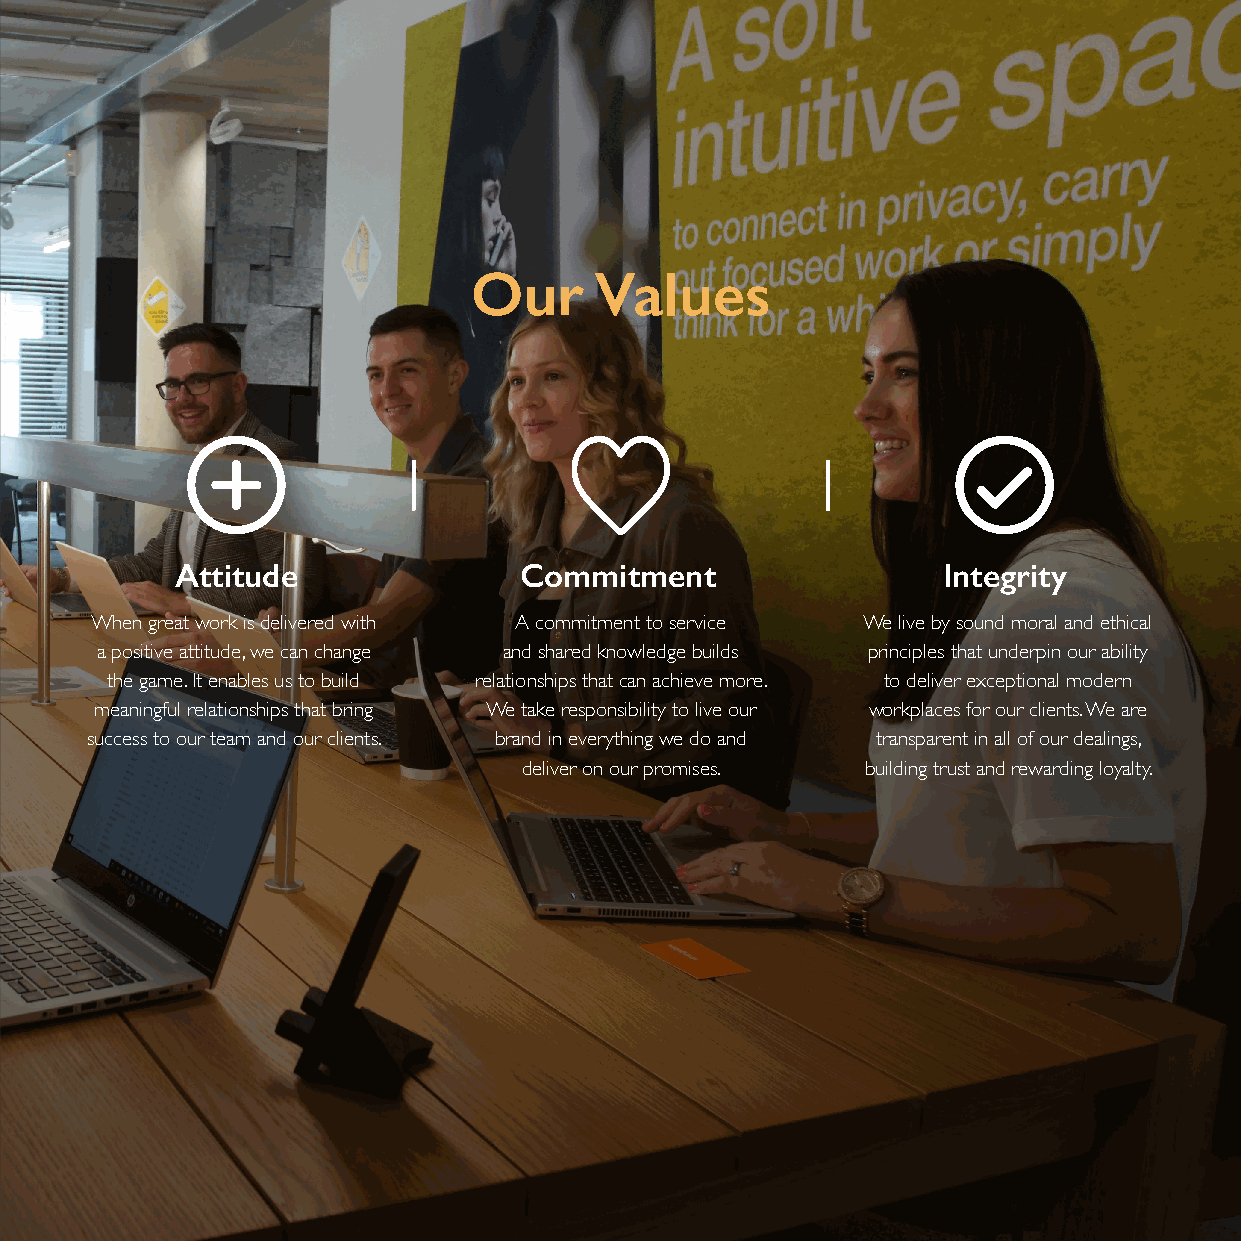
Our     Values
 Attitude              Commitment                  Integrity
 When great work is delivered with A commitment to service We live by sound moral and ethical
 a positive attitude, we can change and shared knowledge builds principles that underpin our ability
 the game. It enables us to build relationships that can achieve more. to deliver exceptional modern
 meaningful relationships that bring We take responsibility to live our workplaces for our clients. We are
 success to our team and our clients. brand in everything we do and transparent in all of our dealings,
 deliver on our promises. building trust and rewarding loyalty.